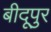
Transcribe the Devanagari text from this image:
बीदूपुर